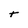
Character: t